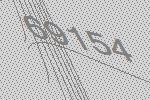
69154